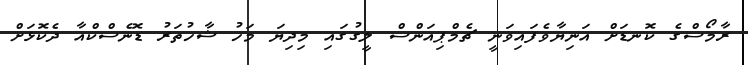
ރާމޯސްގެ ކޮނޑަށް އަނިޔާވެފައިވަނީ ޗެމްޕިއަންސް ލީގުގައި މިދިޔަ މަހު ޝާހުތަރު ޑޮނެސްކްއާ ދެކޮޅަށް